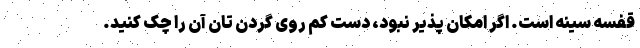
قفسه سینه است. اگر امکان پذیر نبود، دست کم روی گردن تان آن را چک کنید.